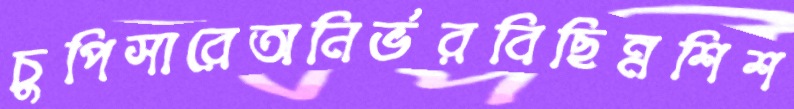
চুপিসারেঅনির্ভরবিছিন্নশিশ